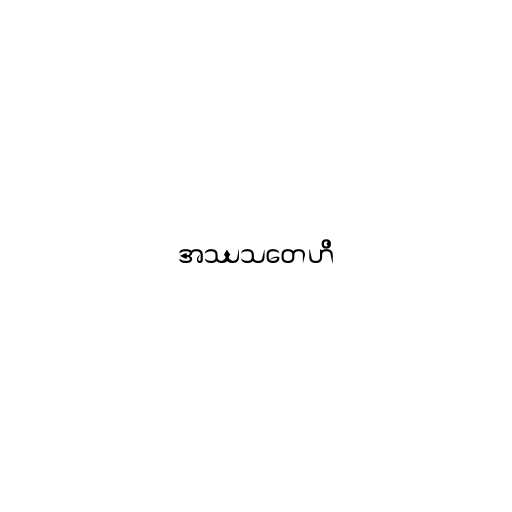
အဿသတေဟိ